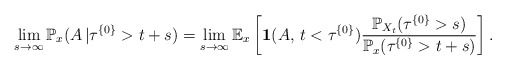
\begin{align*}\lim_{s\to \infty}\mathbb{P}_x(A \,| \tau^{\{0\} } >t+s)=\lim_{s\to\infty}\mathbb{E}_x\left[\mathbf{1}(A, \, t<\tau^{\{0\}})\frac{\mathbb{P}_{X_t}(\tau^{\{0\}}>s)}{\mathbb{P}_x(\tau^{\{0\}}>t+s)}\right].\end{align*}